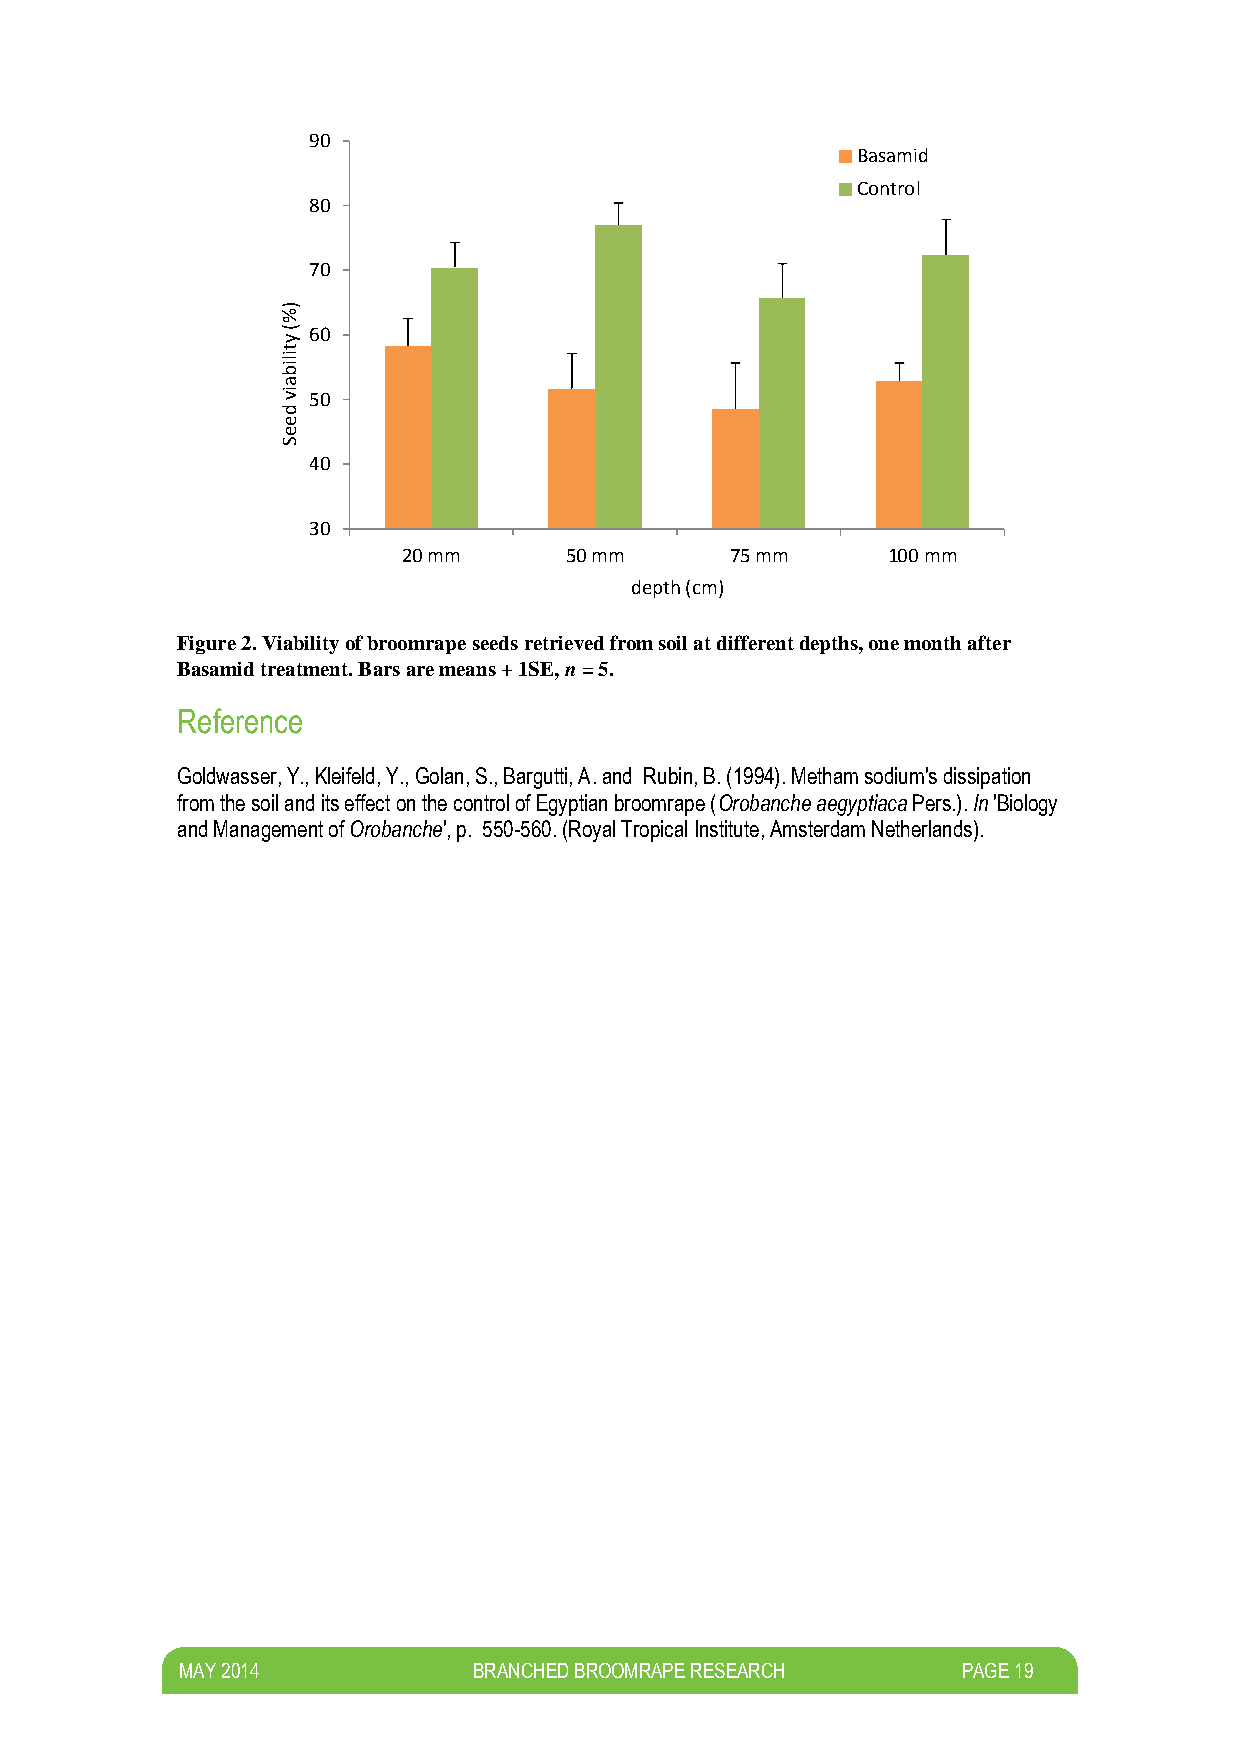
90
 Basamid
 Control
 80
 70
 )
 %
 (
 y
 60
 t
 ilib
 a
 iv 50
 d
 e
 e
 S
 40
 30
 20 mm     50 mm      75 mm      100 mm
 depth (cm)
 Figure 2. Viability of broomrape seeds retrieved from soil at different depths, one month after
 Basamid treatment. Bars are means + 1SE, n = 5.
 Reference
 Goldwasser, Y., Kleifeld, Y., Golan, S., Bargutti, A. and Rubin, B. (1994). Metham sodium's dissipation
 from the soil and its effect on the control of Egyptian broomrape (Orobanche aegyptiaca Pers.). In 'Biology
 and Management of Orobanche', p. 550-560. (Royal Tropical Institute, Amsterdam Netherlands).
 M AY 2014          BRANCHED BROOMRAPE RESEARCH      PAGE 19